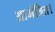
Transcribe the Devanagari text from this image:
आमंत्रित।